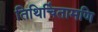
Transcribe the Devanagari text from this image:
तिथिचिंतामणि